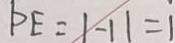
P E = \vert - 1 \vert = 1